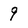
Character: 9